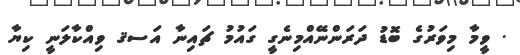
. ވީމާ މިވަރުގެ ބޮޑު ދަރަންނޭއްމިނެގީ ގައުމު ޗައިނާ އަސޤ ވިއްކާލަނީ ކިޔާ